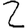
Digit: 2